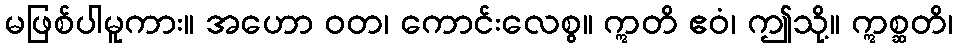
မဖြစ်ပါမူကား။ အဟော ဝတ၊ ကောင်းလေစွ။ ဣတိ ဧဝံ၊ ဤသို့။ ဣစ္ဆတိ၊